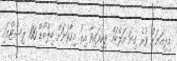
މިލިއަނަށް ވުރެ ގިނަ އަލްބަމް ވިކިފައިވާ އިރު މިހާތަނަށް ބިލްބޯޑް 100 ލިސްޓްގައި